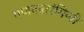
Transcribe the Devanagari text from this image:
गणकतरंगिणी